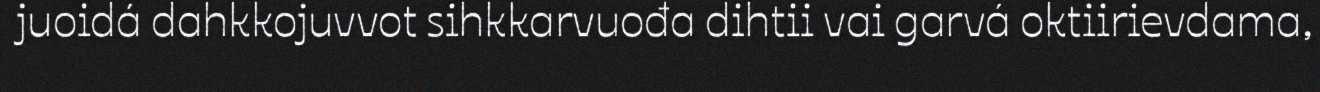
juoidá dahkkojuvvot sihkkarvuođa dihtii vai garvá oktiirievdama,